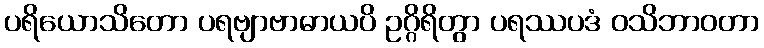
ပရိယောသိတော ပရဗျာဗာဓာယပိ ဥဂ္ဂိရိတွာ ပရဿပဒံ ဝသိဘာဝတာ